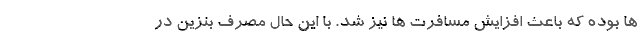
ها بوده که باعث افزایش مسافرت ها نیز شد. با این حال مصرف بنزین در